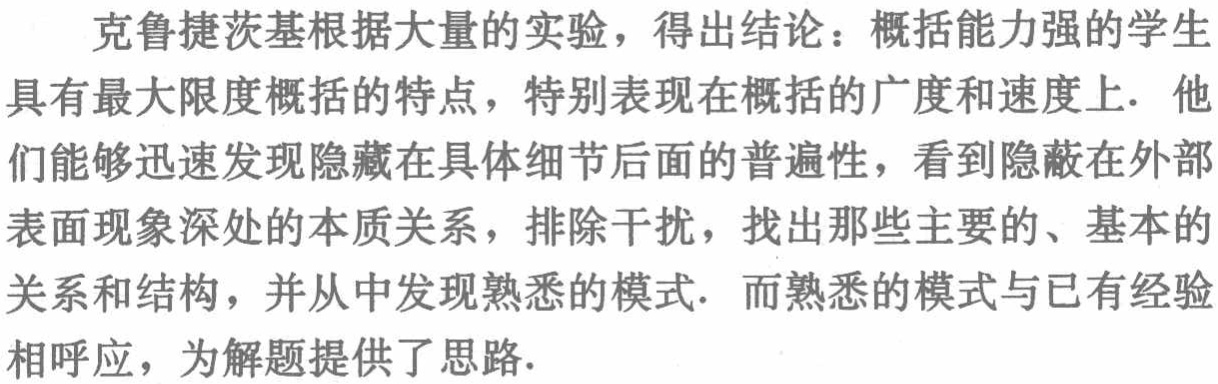
克鲁捷茨基根据大量的实验，得出结论：概括能力强的学生具有最大限度概括的特点，特别表现在概括的广度和速度上. 他们能够迅速发现隐藏在具体细节后面的普遍性，看到隐蔽在外部表面现象深处的本质关系，排除干扰，找出那些主要的、基本的关系和结构，并从中发现熟悉的模式. 而熟悉的模式与已有经验相呼应，为解题提供了思路.